system: You are a helpful assistant.
user:
Analyze the provided spectrum to determine if it is a **M-type Giant (gM)**.

A M-type Giant spectrum is defined by its **strong molecular absorption** features, particularly from **Titanium Oxide (TiO)**. You must check for one of the following mutually exclusive signatures:

- **Key Visual Indicators (Absorption-Dominated Spectrum):**

    - **(Primary):** The spectrum is dominated by strong molecular absorption from **Titanium Oxide (TiO)**. This is the **defining feature** of its M-type temperature class.
        - **(Key Bandheads):** Look for sharp, "saw-tooth" absorption valleys. The strongest are located near **~7050 Å**, **~6160 Å**, and **~5170 Å**.
        - **(Line Profile):** The "saw-tooth" morphology is critical: a **sharp, steep drop on the BLUE (short-wavelength) side** of the bandhead, followed by a gradual recovery (rising flux) towards the RED (long-wavelength) side.

    - **(Key Confirmation - Giant vs. Dwarf):** **ABSENCE** of strong **Calcium Hydride (CaH)** molecular bands. This is the primary diagnostic for *excluding* M-dwarfs.
        - **(Key Region):** The spectrum should lack the strong, broad absorption band seen in dwarfs between **~6800 Å and ~7000 Å**.

    - **(Secondary Confirmation - Giant):** A very strong and broad **Neutral Calcium (Ca I)** atomic absorption line.
        - **(Key Line):** Located at **~4226 Å**. In a giant (gM), this line is significantly deeper and broader than the same line in an M-dwarf (dM) due to low surface gravity.

    - **(Overall Spectrum):**
        - The continuum is **extremely red-sloping** (i.e., flux is very low in the blue and rises dramatically towards the red).
        - The entire spectrum appears "chopped up" by the deep TiO bands.

Think first, call **spectral_visualization_tool** if needed to examine features in detail, then provide your final answer. Your response must adhere to the following strict rules:
1.  **Overall Structure:** Your response must follow the format `<think>...</think> <tool_call>...</tool_call> (if a tool is used) <answer>...</answer>`.
2.  **Tool Usage Constraint:** You may only make **one** tool call per turn.
3.  **Final Answer Format:** In the `<answer>` tag, your conclusion must be inside a `\boxed{}` command (e.g., `\boxed{YES}` or `\boxed{NO}`), followed by your justification.

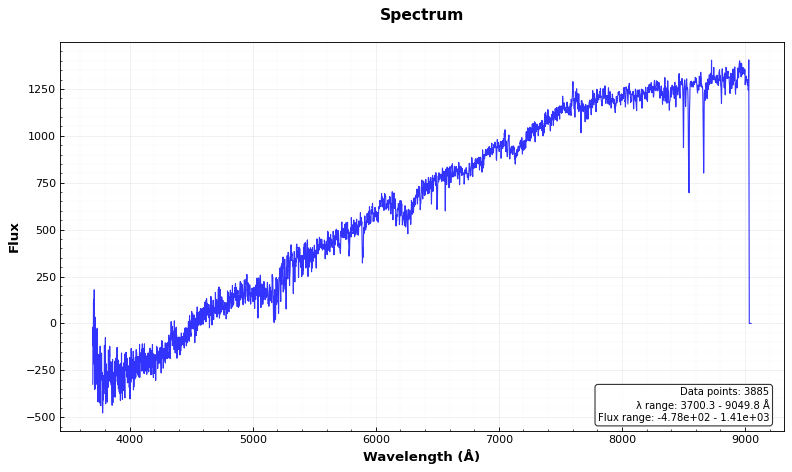
Answer: YES